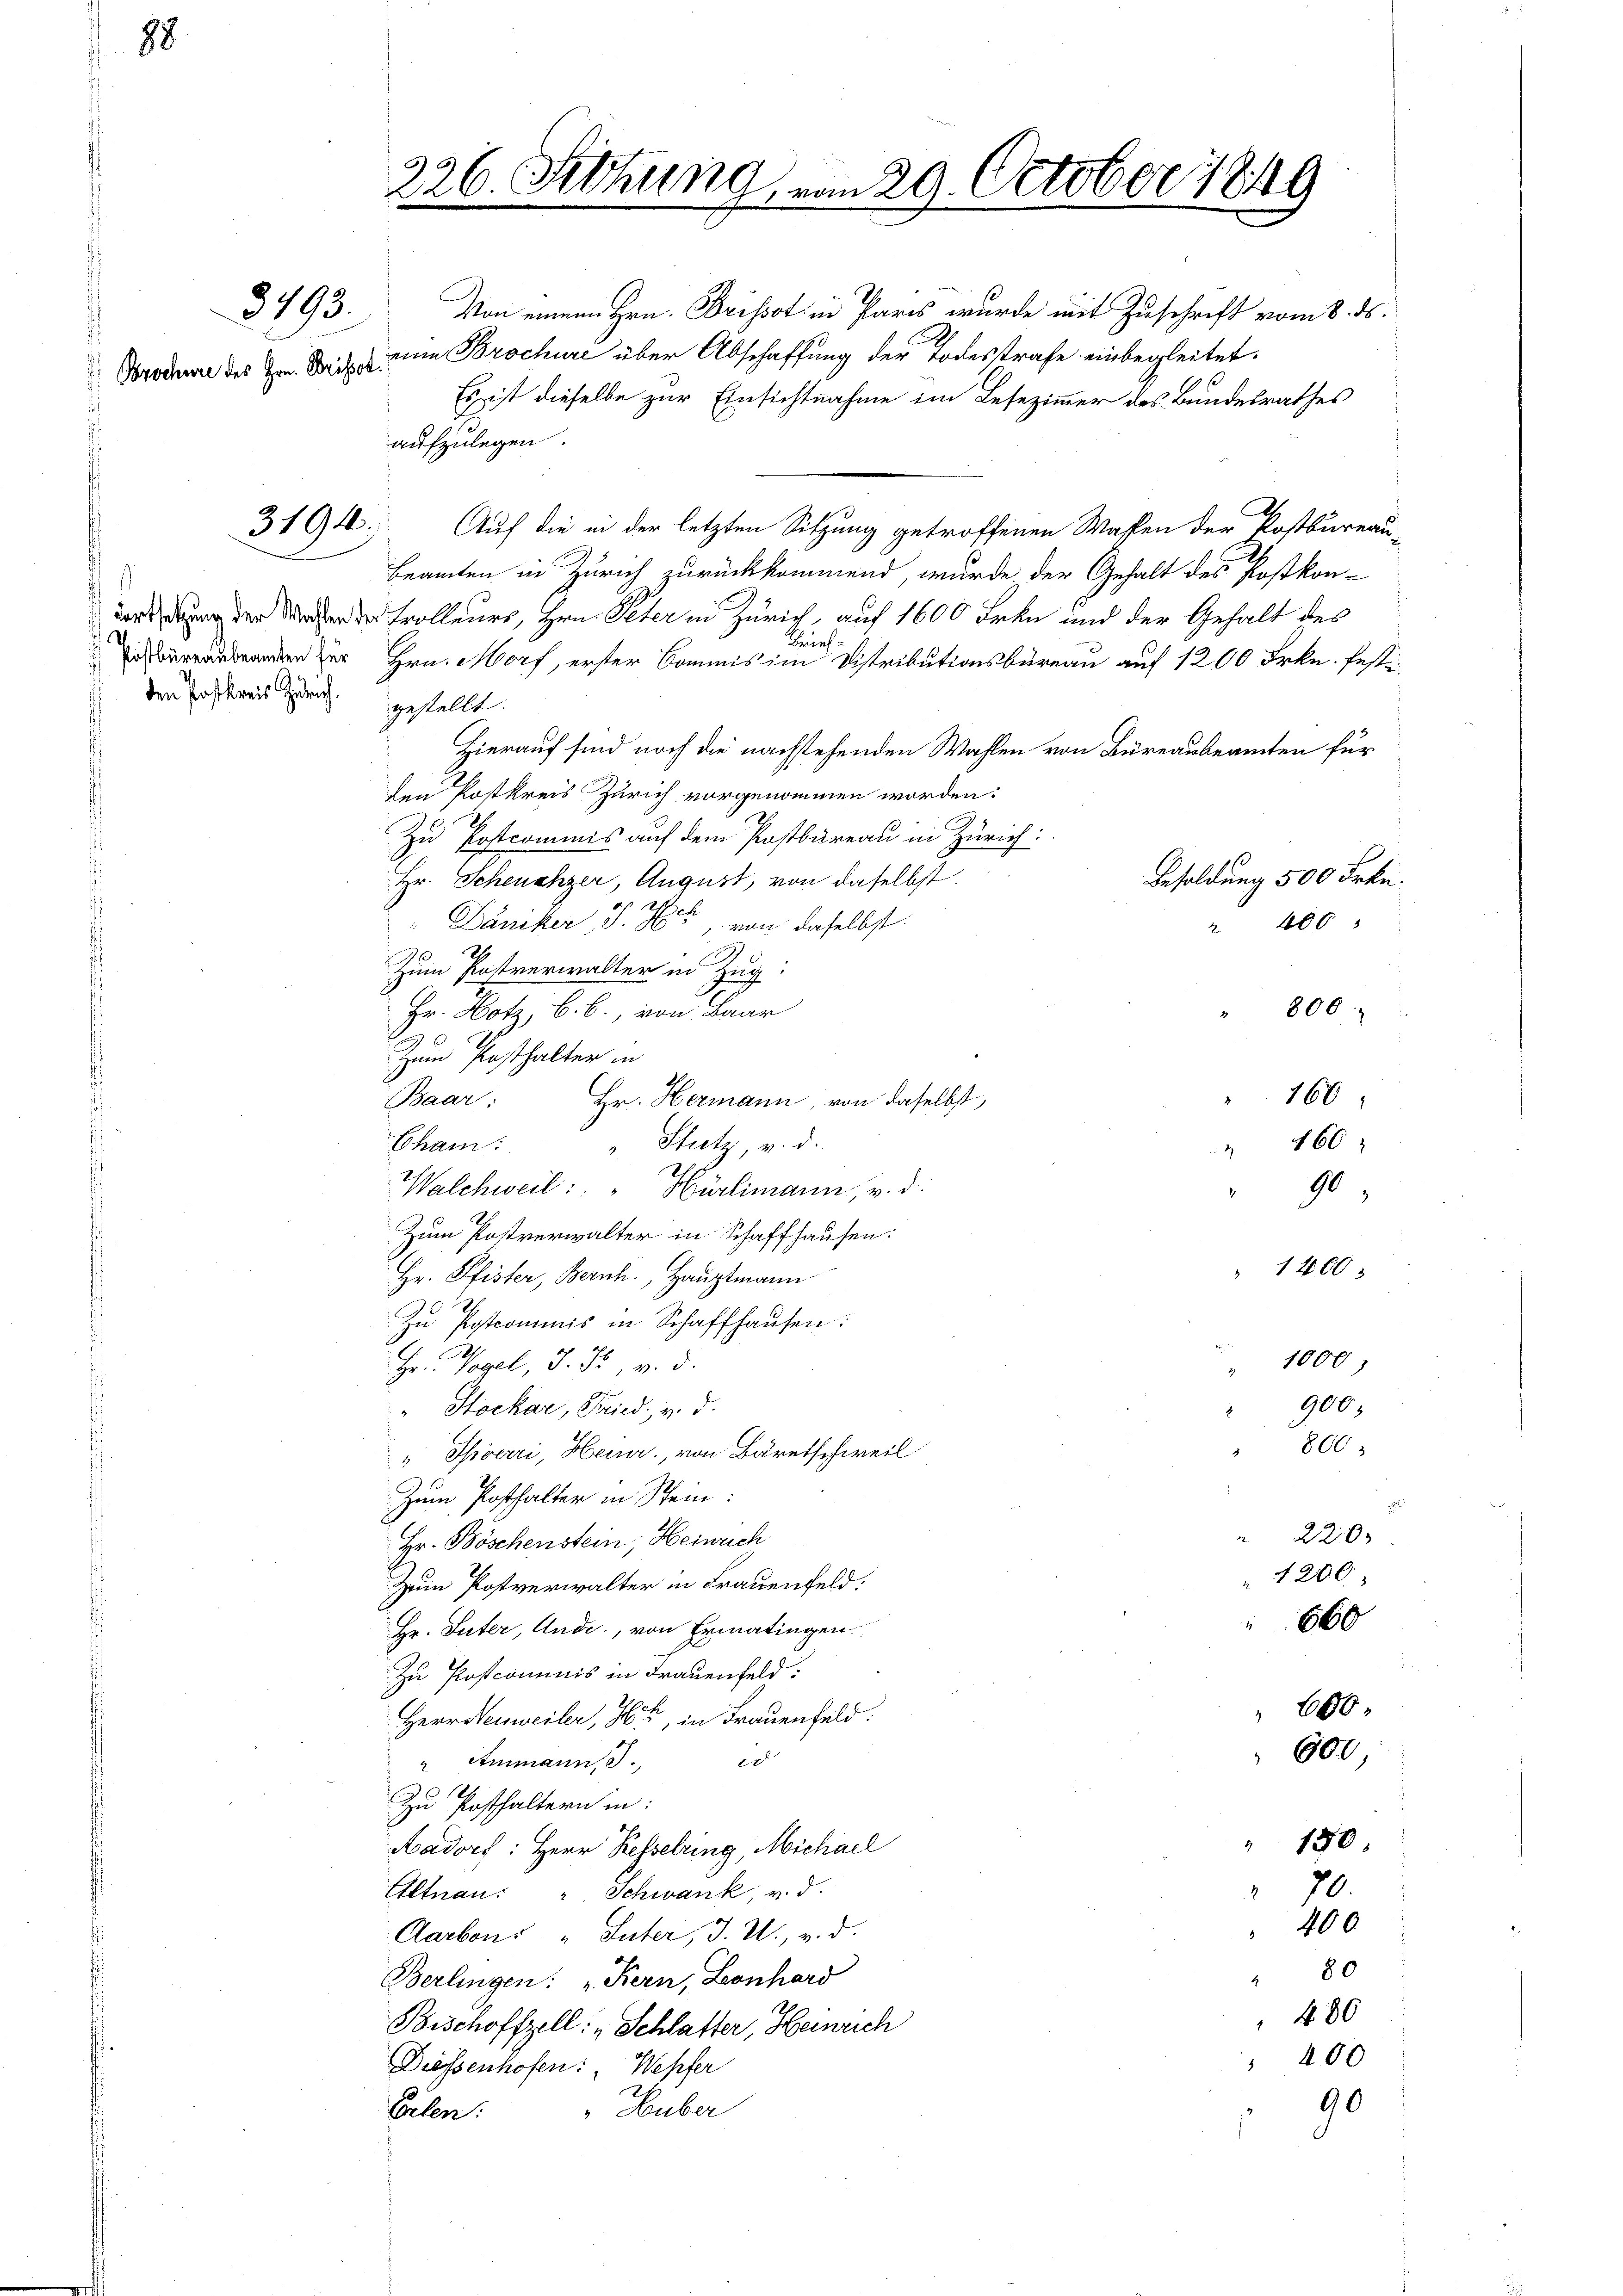
88.

Brochüre des Hrn. Brissot.

den Postkreis Zürich gestellt.

3194.

226. Sitzung vom 20. October 1849
i

3493. Von einem Hrn. Brisst in Paris wurde mit Zuschrift vom 8. ds.
eine Brochuri über Abschaffung der Todesstrafe einbegleitet.
Es ist dieselbe zur Einsichtnahme im Lesezimmer des Bundesrathes
aufzulegen.
Auf die in der letzten Sitzung getroffenen Wahlen der Postbureau-
Beamten in Zürich zurückkommend, wurde der Gehalt des Postkon-
drung der Wesen der Trolleurs, Hrn. Peter in Zürich, auf 1600 Frkn und der Gehalt des
Brief
aden zur Hrn. Morf, erster Commis im Distributionsbüreau auf 1200 Frkn. festi
Hierauf sind noch die nachstehenden Wahlen von Büreaubeamten für
den Postkreis Zürich vorgenommen worden:
Zu Postcommis auf dem Postbureau in Zürich:
Hr. Scheuchzer, August, von daselbst.
" Däniker, S. 764, von daselbst
Zum Postverwalter in Zug:
Hr. Hotz, b. b., von Baar
" 800
Zum Posthalter in
166
Baar:
Hr. Hermann, von daselbst,
" Stutz, v. d.
Cham:
 .
Walchweil: " Hürlimann, v. d.
Zum Postverwalter in Schaffhausen:
1400
2
Hr. Pfister, Bernh., Hauptmann
Zu Postcommis in Schaffhausen:
1000
Hr. Vogel, J. F. v. d.
2
900.
" Stockar, Fried. v. d.
800
8
" Shverri, Heuer, von Bäretschweil
Zum Posthalter in Stein:
 220.
Hr. Böschenstein, Heiwuch
 1200
Zum Postverwalter in Frauenfeld.
660
Hr. Suter, Ande, von Ermatingen
Zu Postcommis in Frauenfeld:
600
Herrenweiler, 16, in Frauenfeld:
600,
x
" Ammann, S.
Zu Posthaltern in:
150
Aadorf: Herr Resselring, Michael
Eltnau: " Schwank, v. d.
70.
400
Aarbon „Suter, J. U., v. d.
80
Berlingen: „Kern, Leonhard
 480
Bischoffzell: „Schlafter, Heinrich
" 400
Diessenhofen: " Wepfer
90
Huber
Eilen.

406

Besoldung 500 Frkn.

160
90